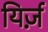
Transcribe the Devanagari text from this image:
यिर्ज़